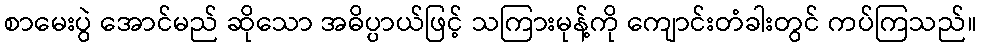
စာမေးပွဲ အောင်မည် ဆိုသော အဓိပ္ပာယ်ဖြင့် သကြားမုန့်ကို ကျောင်းတံခါးတွင် ကပ်ကြသည်။